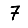
Digit: 7